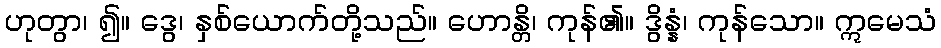
ဟုတွာ၊ ၍။ ဒွေ၊ နှစ်ယောက်တို့သည်။ ဟောန္တိ၊ ကုန်၏။ ဒွိန္နံ၊ ကုန်သော။ ဣမေသံ